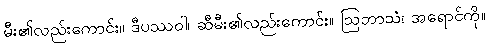
မီး၏လည်းကောင်း။ ဒီပဿဝါ၊ ဆီမီး၏လည်းကောင်း။ ဩဘာသံ၊ အရောင်ကို။